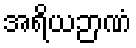
အရိယဉာဏံ